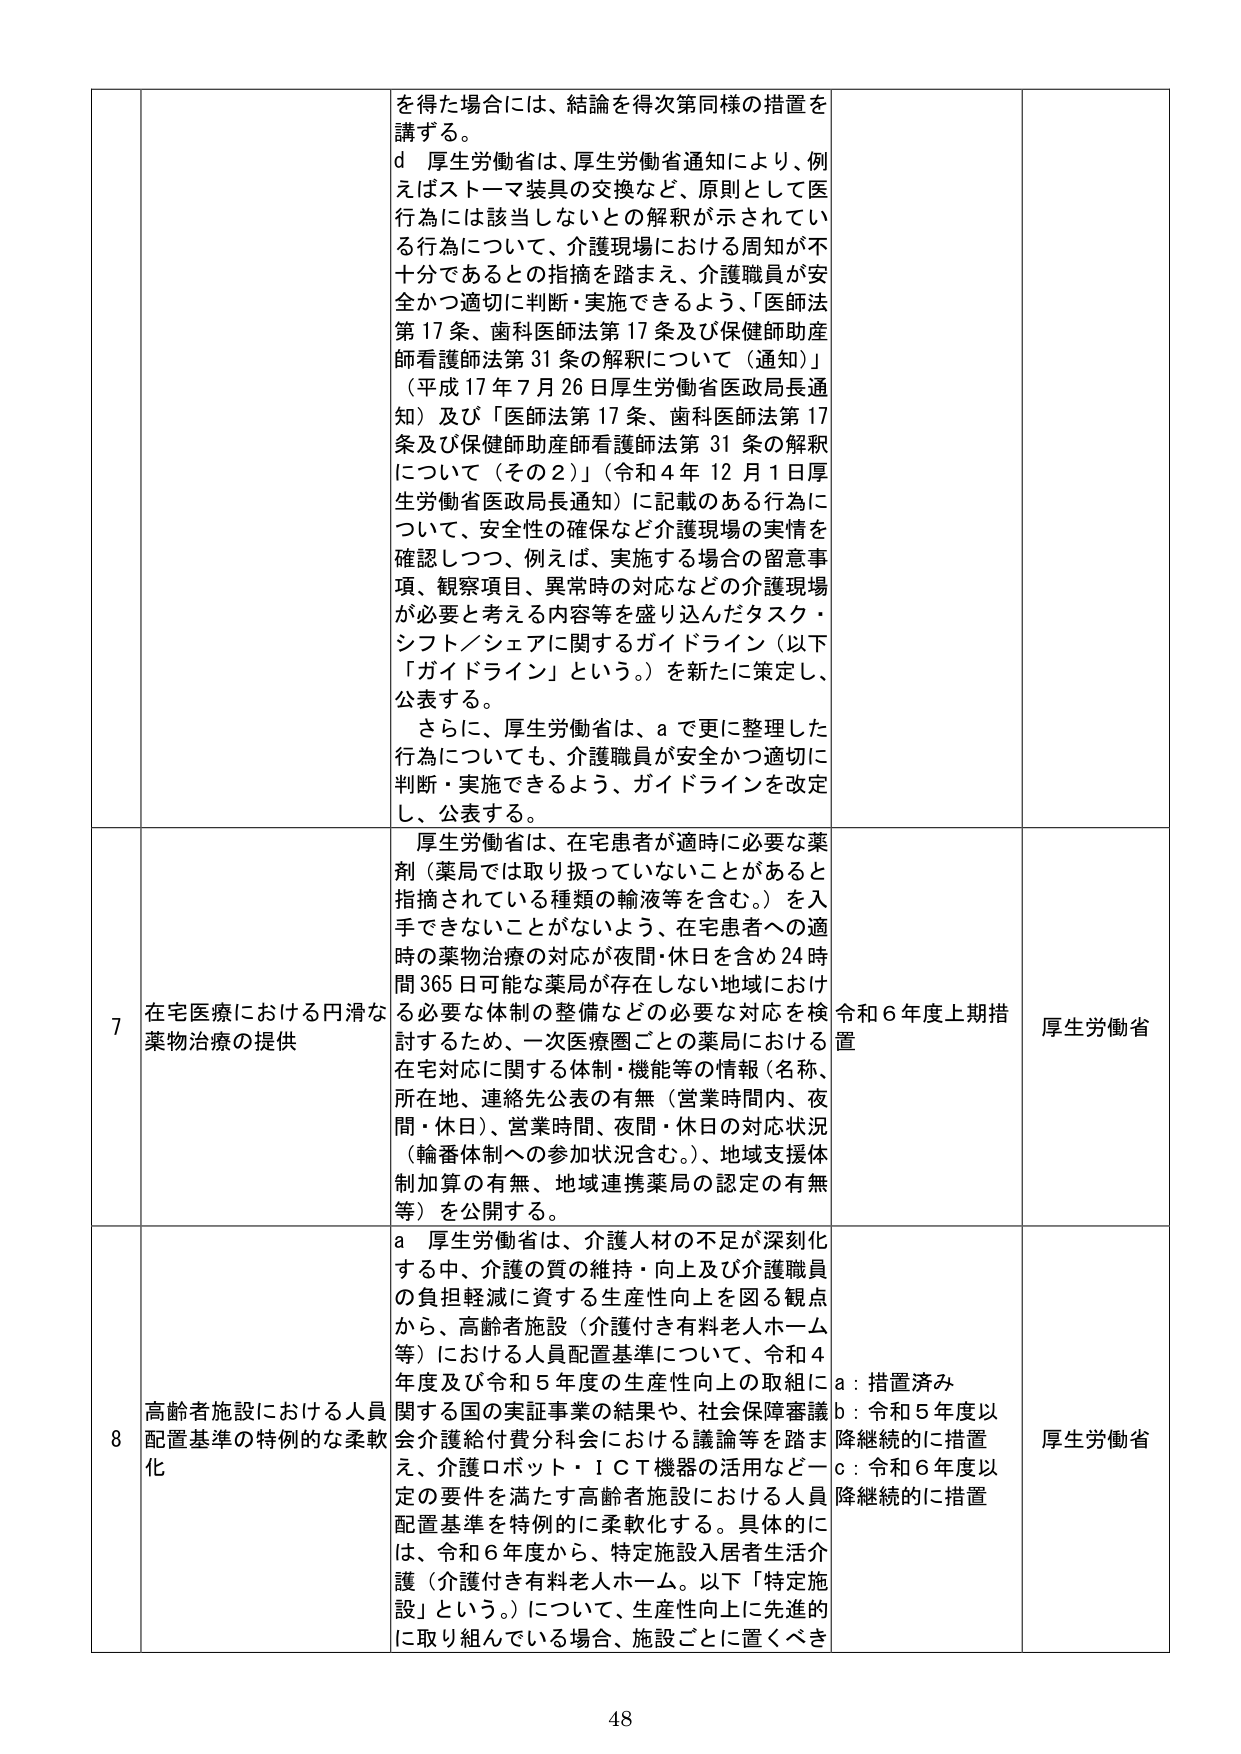
を得た場合には、結論を得次第同様の措置を講ずる。
d 厚生労働省は、厚生労働省通知により、例えばストーマ装具の交換など、原則として医行為には該当しないとの解釈が示されている行為について、介護現場における周知が不十分であるとの指摘を踏まえ、介護職員が安全かつ適切に判断・実施できるよう、「医師法第17条、歯科医師法第17条及び保健師助産師看護師法第31条の解釈について（通知）」（平成17年7月26日厚生労働省医政局長通知）及び「医師法第17条、歯科医師法第17条及び保健師助産師看護師法第31条の解釈について（その2）」（令和4年12月1日厚生労働省医政局長通知）に記載のある行為について、安全性の確保など介護現場の実情を確認しつつ、例えば、実施する場合の留意事項、観察項目、異常時の対応などの介護現場が必要と考える内容等を盛り込んだタスク・シフト／シェアに関するガイドライン（以下「ガイドライン」という。）を新たに策定し、公表する。
さらに、厚生労働省は、aで更に整理した行為についても、介護職員が安全かつ適切に判断・実施できるよう、ガイドラインを改定し、公表する。

7 在宅医療における円滑な薬物治療の提供
厚生労働省は、在宅患者が適時に必要な薬剤（薬局では取り扱っていないことがあると指摘されている種類の輸液等を含む。）を入手できないことがないよう、在宅患者への適時の薬物治療の対応が夜間・休日を含め24時間365日可能な薬局が存在しない地域における必要な体制の整備などの必要な対応を検討するため、一次医療圏ごとの薬局における在宅対応に関する体制・機能等の情報（名称、所在地、連絡先公表の有無（営業時間内、夜間・休日）、営業時間、夜間・休日の対応状況（輪番体制への参加状況含む。）、地域支援体制加算の有無、地域連携薬局の認定の有無等）を公開する。
令和6年度上期措置
厚生労働省

8 高齢者施設における人員配置基準の特例的な柔軟化
a 厚生労働省は、介護人材の不足が深刻化する中、介護の質の維持・向上及び介護職員の負担軽減に資する生産性向上を図る観点から、高齢者施設（介護付き有料老人ホーム等）における人員配置基準について、令和4年度及び令和5年度の生産性向上の取組に関する国の実証事業の結果や、社会保障審議会介護給付費分科会における議論等を踏まえ、介護ロボット・ICT機器の活用など一定の要件を満たす高齢者施設における人員配置基準を特例的に柔軟化する。具体的には、令和6年度から、特定施設入居者生活介護（介護付き有料老人ホーム。以下「特定施設」という。）について、生産性向上に先進的に取り組んでいる場合、施設ごとに置くべき
a：措置済み
b：令和5年度以降継続的に措置
c：令和6年度以降継続的に措置
厚生労働省

48